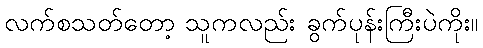
လက်စသတ်တော့ သူကလည်း ခွက်ပုန်းကြီးပဲကိုး။